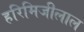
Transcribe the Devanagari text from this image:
हरिमिजीलाल